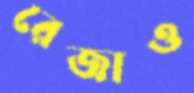
রেজাও